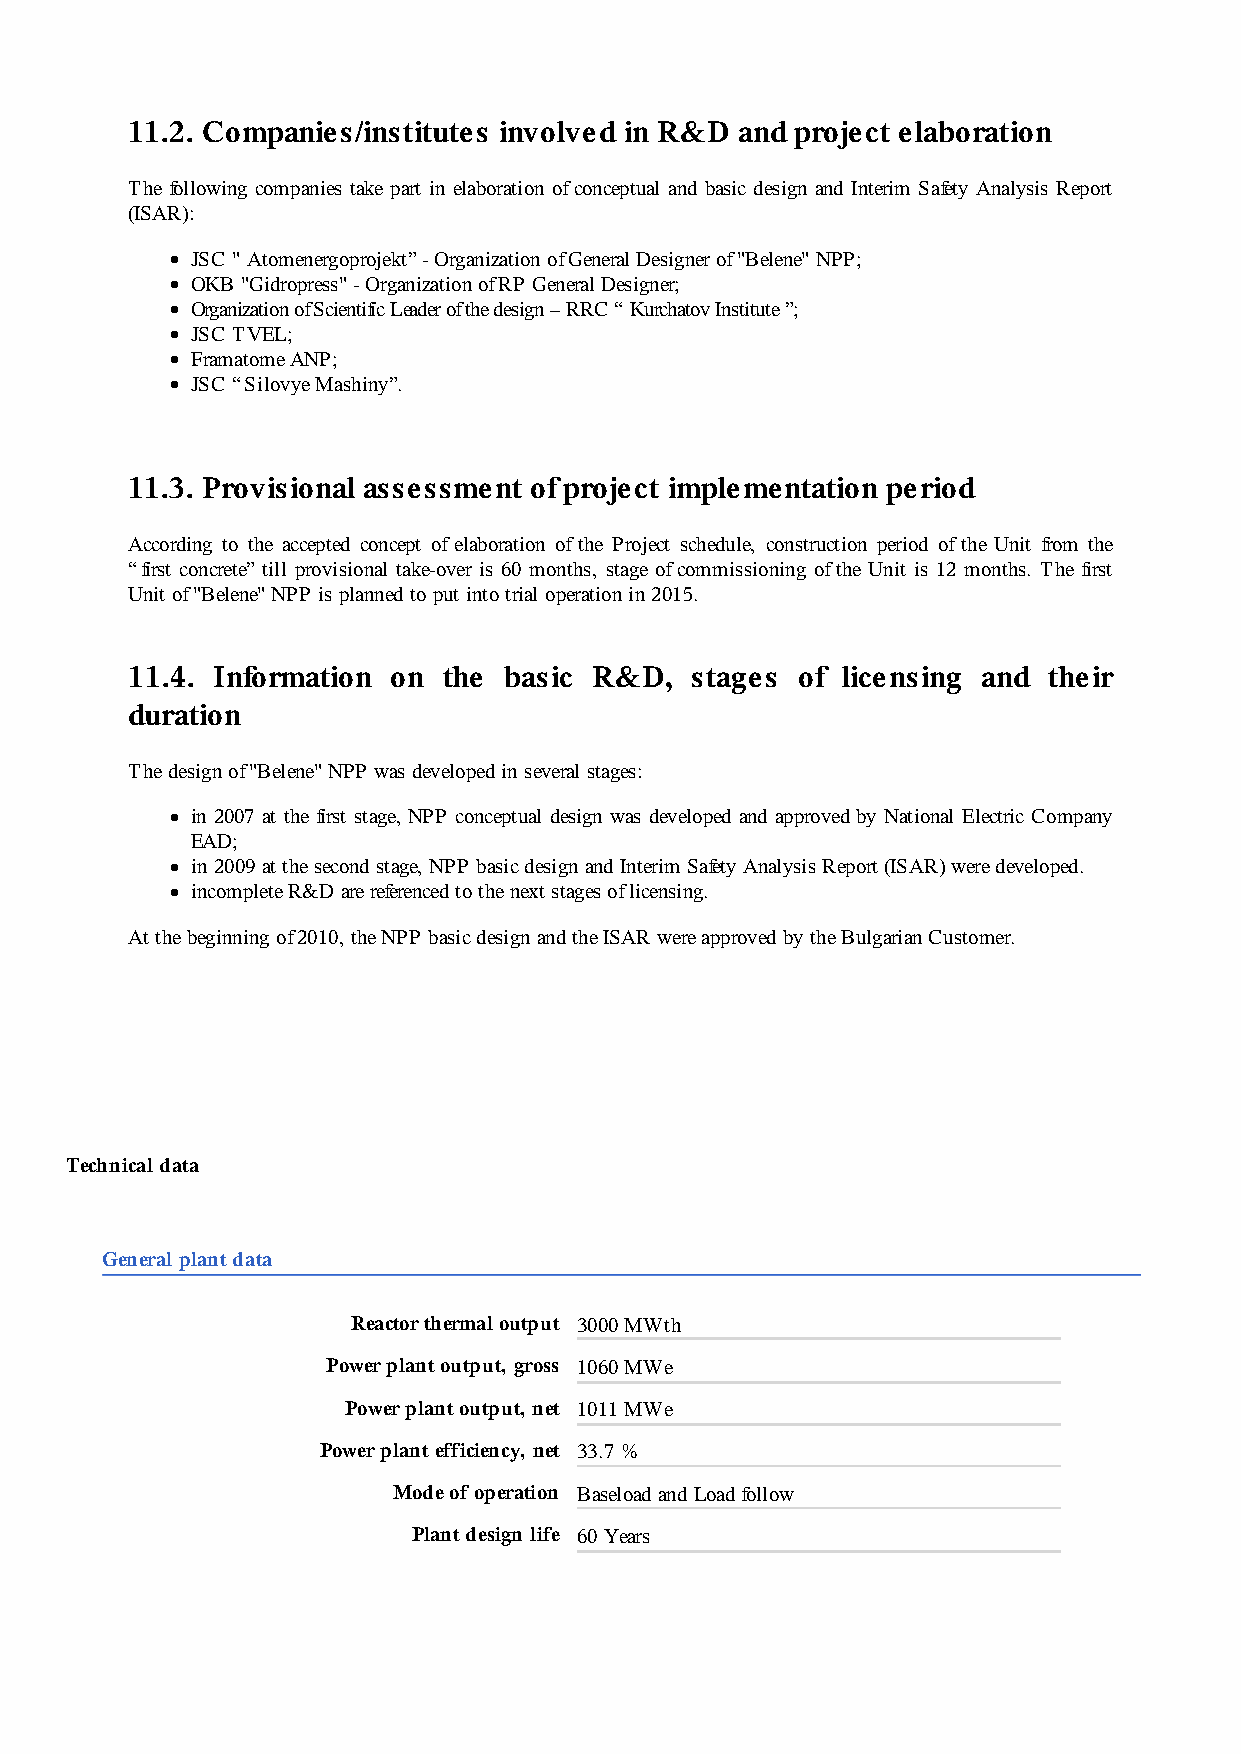
11.2. Companies/institutes involved in R&D and project elaboration
 The following companies take part in elaboration of conceptual and basic design and Interim Safety Analysis Report
 (ISAR):
 JSC " Atomenergoprojekt” - Organization of General Designer of "Belene" NPP;
 OKB "Gidropress" - Organization of RP General Designer;
 Organization of Scientific Leader of the design – RRC “ Kurchatov Institute ”;
 JSC TVEL;
 Framatome ANP;
 JSC “Silovye Mashiny”.
 11.3. Provisional assessment of project implementation period
 According to the accepted concept of elaboration of the Project schedule, construction period of the Unit from the
 “first concrete” till provisional take-over is 60 months, stage of commissioning of the Unit is 12 months. The first
 Unit of "Belene" NPP is planned to put into trial operation in 2015.
 11.4. Information on the basic R&D,   stages of licensing and their
 duration
 The design of "Belene" NPP was developed in several stages:
 in 2007 at the first stage, NPP conceptual design was developed and approved by National Electric Company
 EAD;
 in 2009 at the second stage, NPP basic design and Interim Safety Analysis Report (ISAR) were developed.
 incomplete R&D are referenced to the next stages of licensing.
 At the beginning of 2010, the NPP basic design and the ISAR were approved by the Bulgarian Customer.
 Technical data
 General plant data
 Reactor thermal output 3000 MWth
 Power plant output, gross 1060 MWe
 Power plant output, net 1011 MWe
 Power plant efficiency, net 33.7 %
 Mode of operation Baseload and Load follow
 Plant design life 60 Years